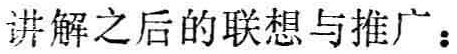
讲解之后的联想与推广：